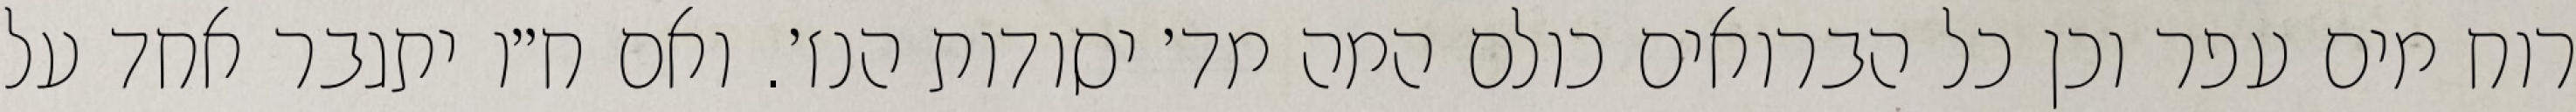
רוח מים עפר וכן כל הברואים כולם המה מד׳ יסודות הנז׳. ואם ח״ו יתגבר אחד על